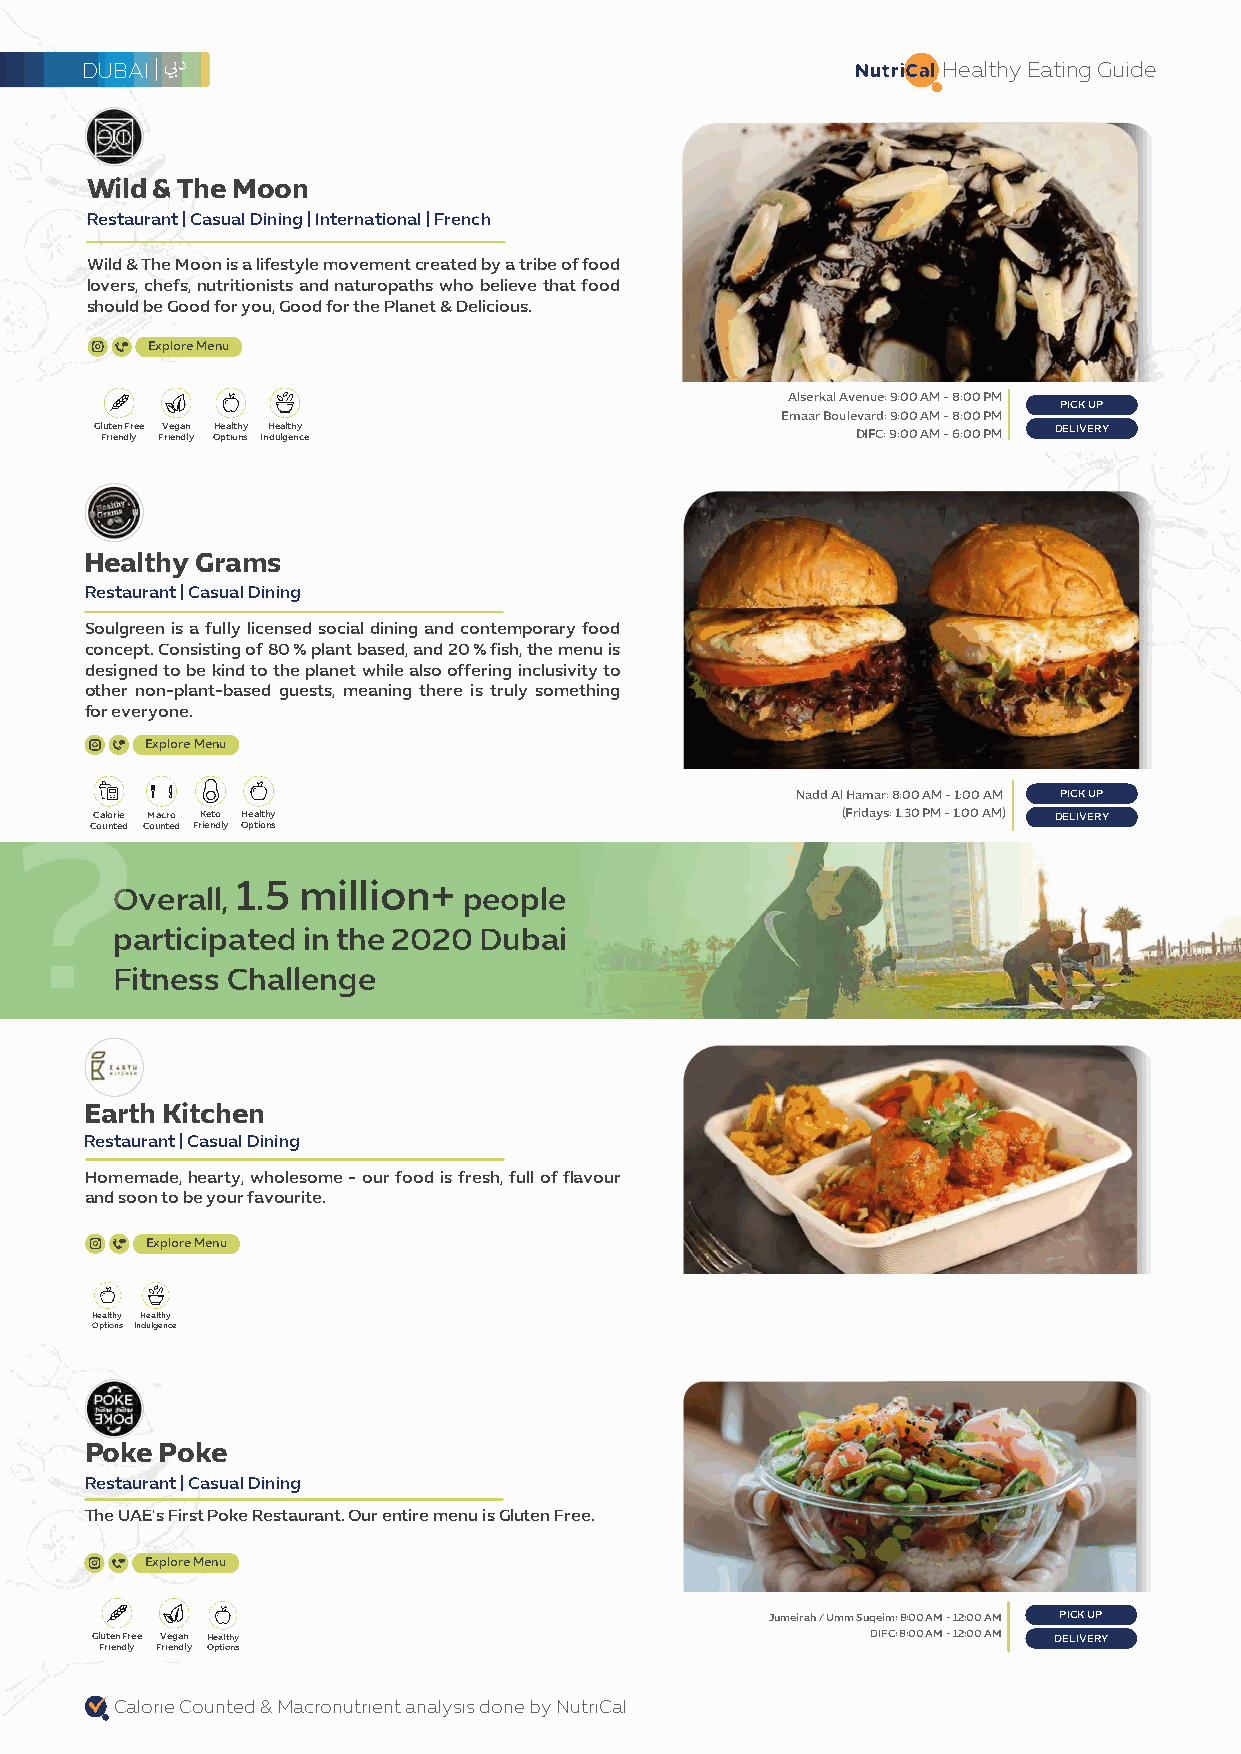
DUBAI                                               Nutri a Healthy Eating Guide
 Wild & The Moon
 Restaurant | Casual Dining | International | French
 Wild & The Moon is a lifestyle movement created by a tribe of food
 lovers, chefs, nutritionists and naturopaths who believe that food
 should be Good for you, Good for the Planet & Delicious.
 Explore Menu
 Alserkal Avenue: 9:00 AM - 8:00 PM
 PICK UP
 Emaar Boulevard: 9:00 AM - 8:00 PM
 Gl Fu rt ie en n dF lr ye e FV rie eg na dn ly OHe pa til oth ny s InH due la glt eh ny c e DIFC: 9:00 AM - 6:00 PM DELIVERY
 •
 Healthy Grams
 Restaurant | Casual Dining
 Soulgreen is a fully licensed social dining and contemporary food
 concept. Consisting of 80 % plant based, and 20 % fish, the menu is
 designed to be kind to the planet while also offering inclusivity to
 other non-plant-based guests, meaning there is truly something
 for everyone.
 Explore Menu
 Nadd Al Hamar: 8:00 AM - 1:00 AM PICK UP
 Calorie Macro Keto Healthy                        (Fridays: 1.30 PM -1.00 AM) DELIVERY
 Counted Counted Friendly Options
 1.5 million+
 Overall,                people
 participated in the 2020 Dubai
 Fitness Challenge
 Earth Kitchen
 Restaurant | Casual Dining
 Homemade, hearty, wholesome -our food is fresh, full of flavour
 and soon to be your favourite.
 Explore Menu
 6                                                               PICK UP
 DIFC: 10:00 AM - 10:00 PM
 Healthy Healthy                                                 DELIVERY
 Options Indulgence
 •
 .
 Poke Poke
 Restaurant | Casual Dining
 The UAE's First Poke Restaurant. Our entire menu is Gluten Free.
 @) ~ Explore Menu
 #   'e(/) 6                                 Jumeirah / Umm Suqeim: 8:00 AM - 12:00 AM PICK UP
 Gluten Free Vegan Healthy                           DIFC: 8:00 AM - 12:00 AM DELIVERY
 Friendly Friendly Options
 Calorie Counted & Macronutrient analysis done by NutriCal